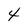
Character: 4